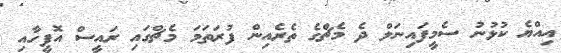
އިއްޔެ ކުޅުނު ސެމީފައިނަލް ދެ މެޗްގެ ތެރެއިން ފުރަތަމަ މެޗްގައި ރައީސް އޮފީހާއި